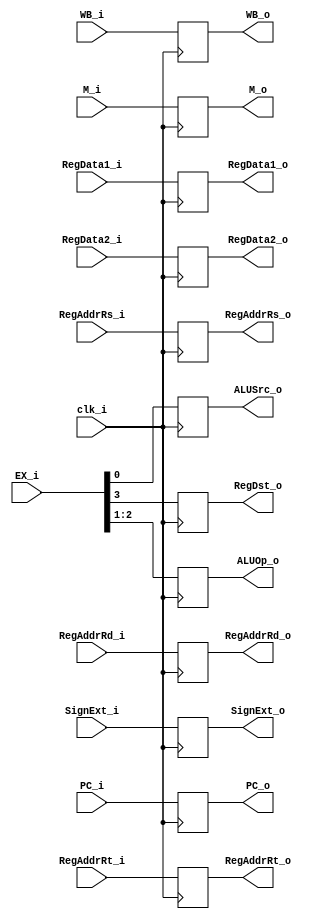
module IDEX 
(
	clk_i,
	WB_i,
	M_i,
	EX_i,
	PC_i,
	RegData1_i,
	RegData2_i,
	SignExt_i,
	RegAddrRs_i,
	RegAddrRt_i,
	RegAddrRd_i,
	WB_o,
	M_o,
	ALUSrc_o,
	ALUOp_o,
	RegDst_o,
	PC_o,
	RegData1_o,
	RegData2_o,
	SignExt_o,
	RegAddrRs_o,
	RegAddrRt_o,
	RegAddrRd_o
);

input clk_i;
input [1:0] WB_i, M_i;
input [3:0] EX_i;
input [4:0] RegAddrRs_i, RegAddrRt_i, RegAddrRd_i;
input [31:0] PC_i, RegData1_i, RegData2_i, SignExt_i;

output ALUSrc_o, RegDst_o;
output [1:0] WB_o, M_o;
output [1:0] ALUOp_o;
output [4:0] RegAddrRs_o, RegAddrRt_o, RegAddrRd_o;
output [31:0] PC_o, RegData1_o, RegData2_o, SignExt_o;

reg ALUSrc_o, RegDst_o;
reg [1:0] WB_o, M_o;
reg [1:0] ALUOp_o;
reg [4:0] RegAddrRs_o, RegAddrRt_o, RegAddrRd_o;
reg [31:0] PC_o, RegData1_o, RegData2_o, SignExt_o;

always @ (posedge clk_i) begin
	WB_o <= WB_i;
	M_o <= M_i;
	ALUSrc_o <= EX_i[0];
	ALUOp_o <= EX_i[2:1];
	RegDst_o <= EX_i[3];
	PC_o <= PC_i;
	RegData1_o <= RegData1_i;
	RegData2_o <= RegData2_i;
	SignExt_o <= SignExt_i;
	RegAddrRs_o <= RegAddrRs_i;
	RegAddrRt_o <= RegAddrRt_i;
	RegAddrRd_o <= RegAddrRd_i;
end
endmodule